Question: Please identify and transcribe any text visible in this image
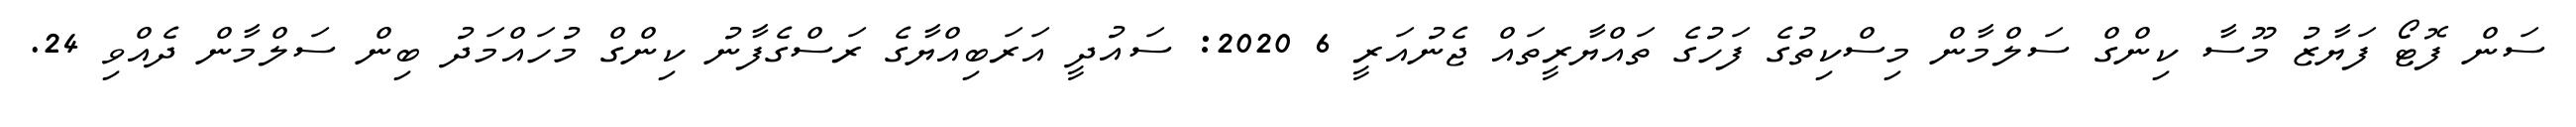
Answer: ސަން ފޮޓޯ ފަޔާޒު މޫސާ ކިންގް ސަލްމާން މިސްކިތުގެ ފަހުގެ ތައްޔާރީތައް ޖެނުއަރީ 6 2020: ސައުދީ އަރަބިއްޔާގެ ރަސްގެފާނު ކިންގް މުހައްމަދު ބިން ސަލްމާން ދެއްވި 24.